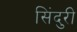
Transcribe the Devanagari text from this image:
सिंदुरी